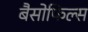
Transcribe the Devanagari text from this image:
बैसोफिल्स